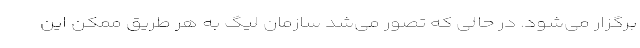
برگزار می‌شود. در حالی که تصور می‌شد سازمان لیگ به هر طریق ممکن این